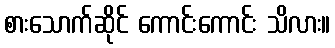
စားသောက်ဆိုင် ကောင်းကောင်း သိလား။